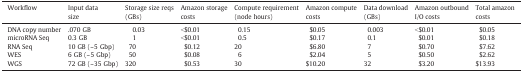
<table><thead><tr><td><b>Workflow</b></td><td><b>Input data size</b></td><td><b>Storage size reqs (GBs)</b></td><td><b>Amazon storage costs</b></td><td><b>Compute requirement (node hours)</b></td><td><b>Amazon compute costs</b></td><td><b>Data download (GBs)</b></td><td><b>Amazon outbound I/O costs</b></td><td><b>Total amazon costs</b></td></tr></thead><tbody><tr><td>DNA copy number</td><td>.070 GB</td><td>0.03</td><td>&lt;$0.01</td><td>0.15</td><td>$0.05</td><td>0.003</td><td>&lt;$0.01</td><td>$0.05</td></tr><tr><td>microRNA Seq</td><td>0.3 GB</td><td>1</td><td>&lt;$0.01</td><td>0.5</td><td>$0.17</td><td>0.1</td><td>$0.01</td><td>$0.18</td></tr><tr><td>RNA Seq</td><td>10 GB (~ 5 Gbp)</td><td>70</td><td>$0.12</td><td>20</td><td>$6.80</td><td>7</td><td>$0.70</td><td>$7.62</td></tr><tr><td>WES</td><td>6 GB (~ 5 Gbp)</td><td>50</td><td>$0.08</td><td>6</td><td>$2.04</td><td>5</td><td>$0.50</td><td>$2.62</td></tr><tr><td>WGS</td><td>72 GB (~ 35 Gbp)</td><td>320</td><td>$0.53</td><td>30</td><td>$10.20</td><td>32</td><td>$3.20</td><td>$13.93</td></tr></tbody></table>